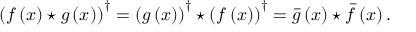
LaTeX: \left( f \left( x \right) \star g \left( x \right) \right) ^ { \dagger } = \left( g \left( x \right) \right) ^ { \dagger } \star \left( f \left( x \right) \right) ^ { \dagger } = \bar { g } \left( x \right) \star \bar { f } \left( x \right) .